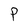
Character: P